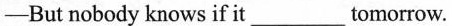
-But nobody knows if it_tomorrow.